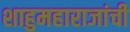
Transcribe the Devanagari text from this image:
शाहुमहाराजांची